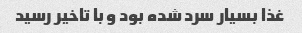
غذا بسیار سرد شده بود و با تاخیر رسید